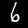
Label: 6